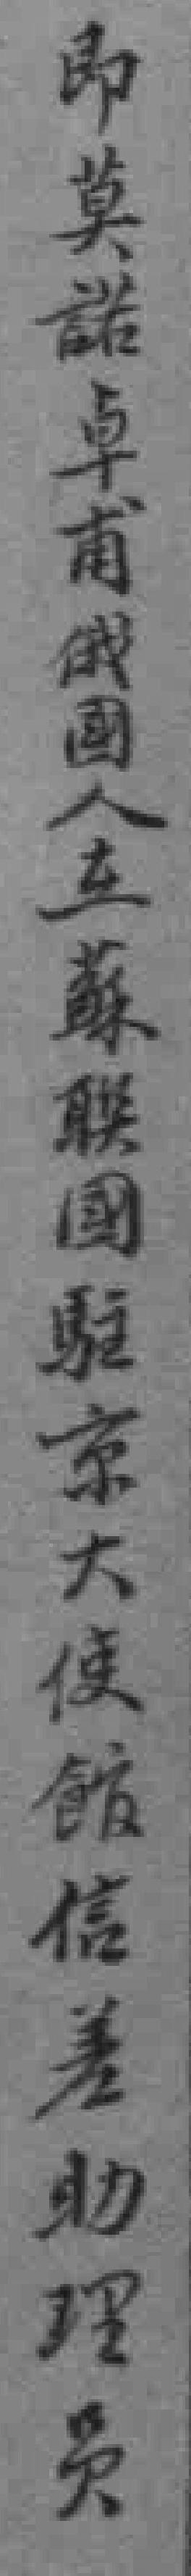
即莫諾卓甫俄國人在蘇联國駐京大使館信差助理员